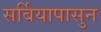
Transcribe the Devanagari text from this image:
सर्बियापासुन